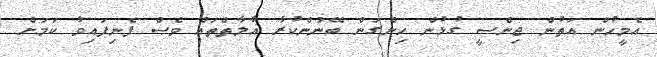
އެމީހުން އަތުން ޖިންސީ ގުޅުން ހިންގަން ބޭނުންކުރާ އާލާތްތައް ވެސް ފެނިފައިވާ ކަމަށް